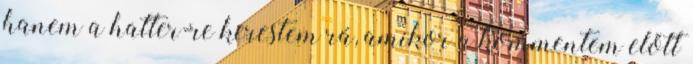
hanem a hatter-re kerestem rá, amikor a kommentem előtt